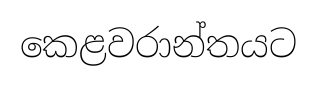
කෙළවරාන්තයට